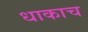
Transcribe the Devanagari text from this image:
धाकाच